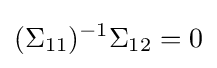
(\Sigma _{11})^{-1}\Sigma _{12}=0